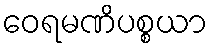
ဝေရမဏိပစ္စယာ